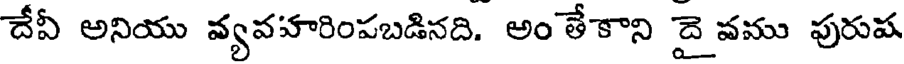
దేవీ అనియు వ్యవహరింపబడినది. అం తేకాని దై వము పురుష